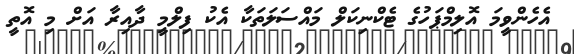
އެހެންވީމަ އޮލިމްޕަހުގެ ޓެކްނިކަލް މައްސަލަތަކާ އެކު ފިލްމީ ދާއިރާ އަށް މި އޮތީ